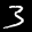
Label: 3